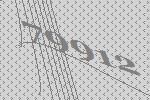
79912